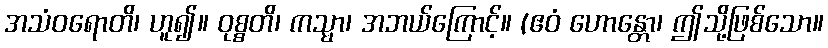
အသံဝရောတိ၊ ဟူ၍။ ဝုစ္စတိ၊ ကသ္မာ၊ အဘယ်ကြောင့်။ (ဧဝံ ဟောန္တော၊ ဤသို့ဖြစ်သော။